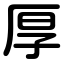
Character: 厚